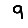
Digit: 9